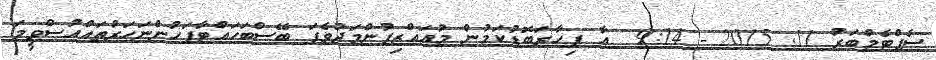
ސެޕްޓެމްބަރު 11